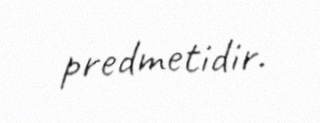
predmetidir.